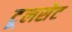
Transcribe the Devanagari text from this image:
टूलसेट